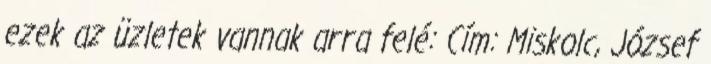
ezek az üzletek vannak arra felé: Cím: Miskolc, József